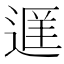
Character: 𬨭